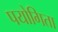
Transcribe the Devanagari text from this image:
पयोगिता